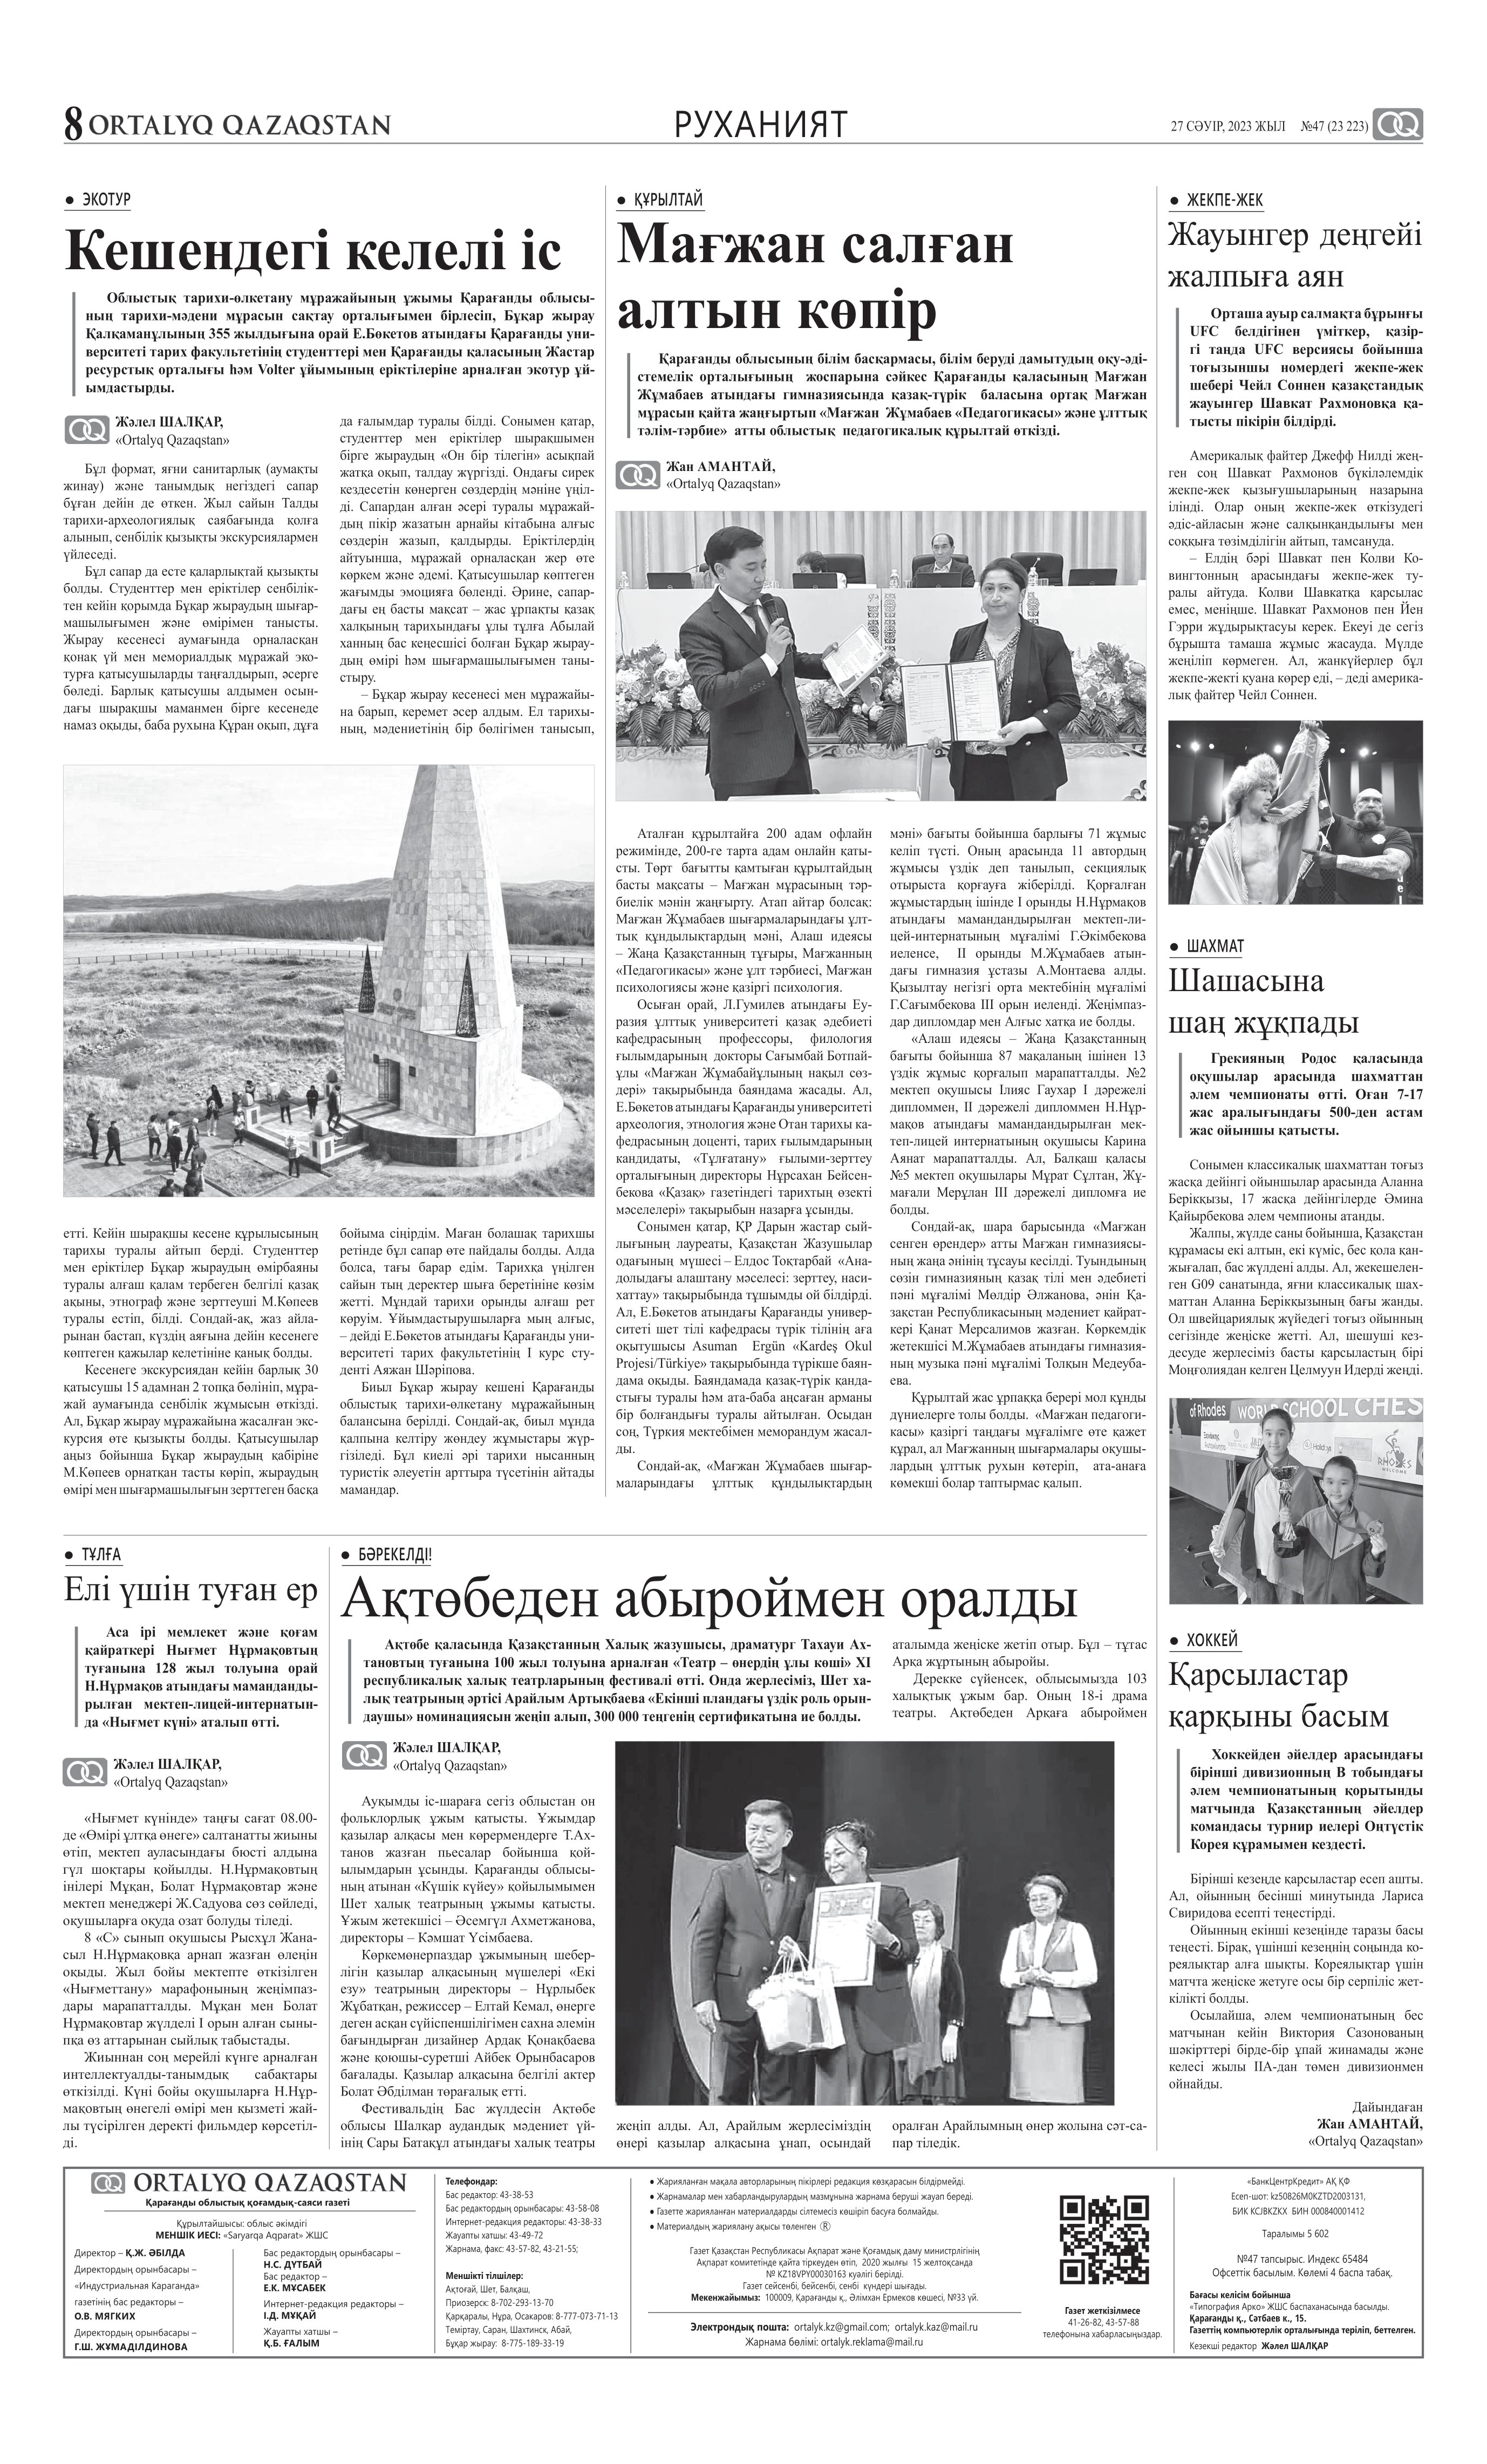
Language: kk